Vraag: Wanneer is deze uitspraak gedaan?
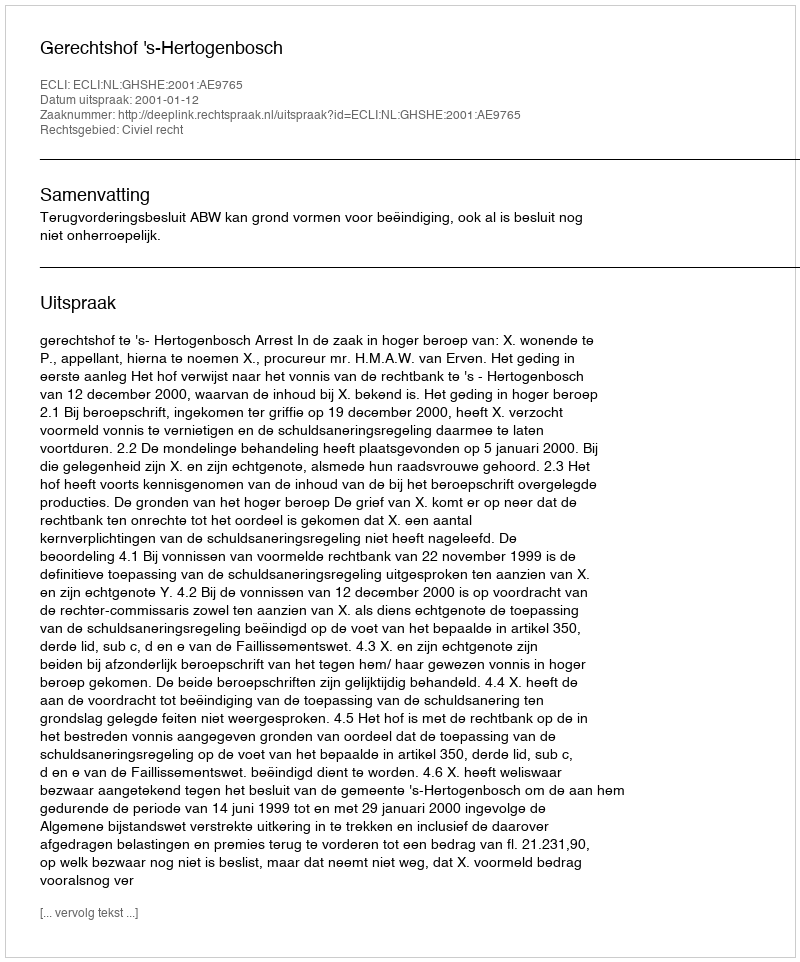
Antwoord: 2001-01-12